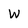
Character: W